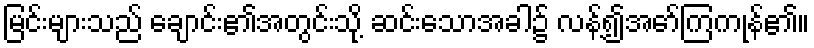
မြင်းများသည် ချောင်း၏အတွင်းသို့ ဆင်းသောအခါ၌ လန့်၍အော်ကြကုန်၏။